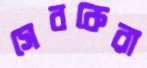
সেবকেরা